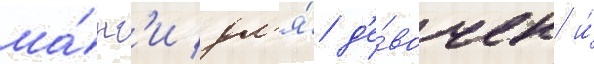
ма́нг'и дл'я́ д'е́вочек и́